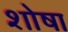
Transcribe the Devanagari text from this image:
शोषा